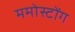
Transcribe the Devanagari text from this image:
ममोस्टोंग